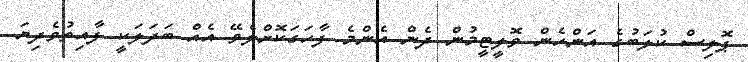
ޕޮލިސް ކުލަބުގެ އަންހެން ވޮލީޓީމުން ދެން އެންމެ ފާހަގަކޮށްލެވޭ އެއް ބަދަލަކީ ފާއިތުވެދިޔަ